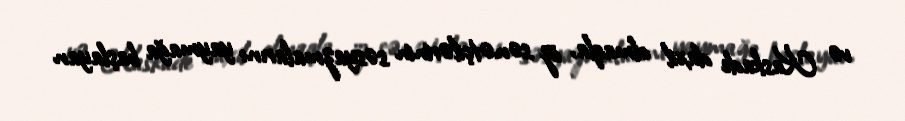
və Kaskade daxil olmaqla, öz sənətçilərinin səsyazmalarını yaymağa başlayan